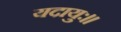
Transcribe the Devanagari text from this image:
यदायुः।।